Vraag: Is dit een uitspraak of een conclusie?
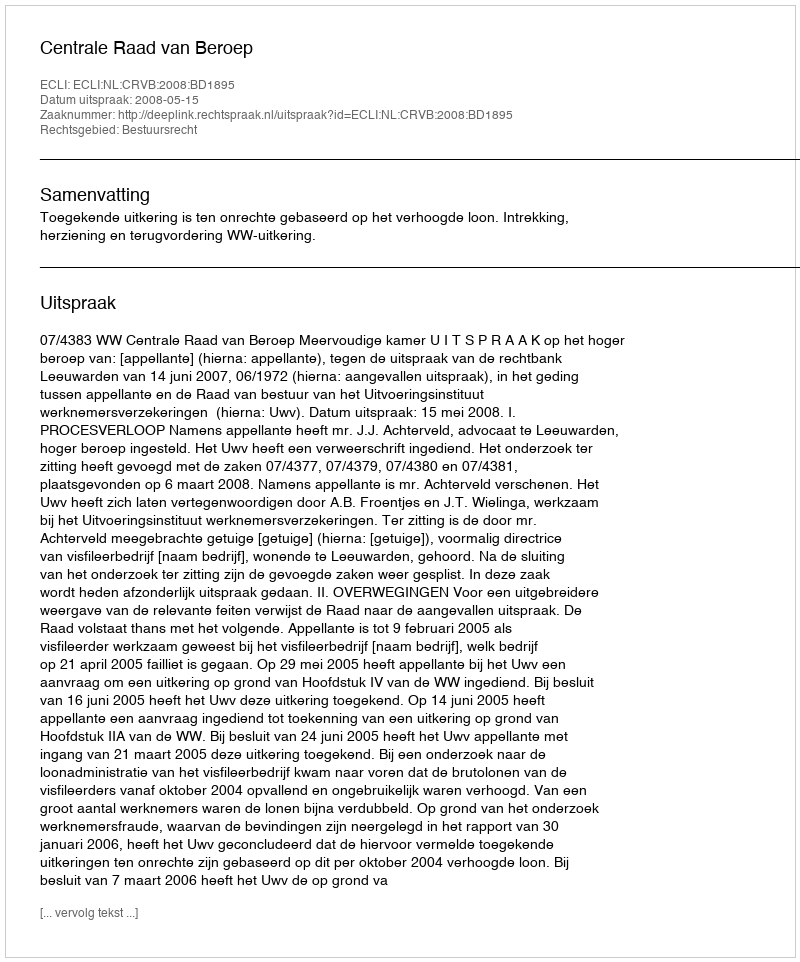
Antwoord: Uitspraak